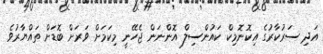
އަދި ސަރުކާރުގެ އިކޮނޮމިކް ކައުންސިލް އޮންނަން ޖެހޭނީ މިކަމަށް ވަރަށް ބޮޑަށް ތައްޔާރުވެ